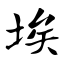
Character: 埃